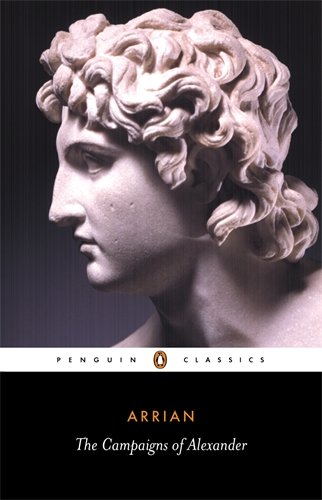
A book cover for The Campaigns of Alexander (Penguin Classics); Arrian; History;